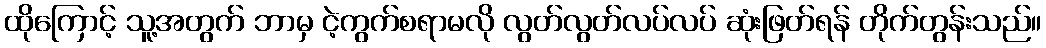
ထိုကြောင့် သူ့အတွက် ဘာမှ ငဲ့ကွက်စရာမလို လွတ်လွတ်လပ်လပ် ဆုံးဖြတ်ရန် တိုက်တွန်းသည်။